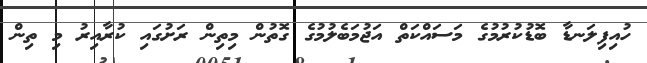
ހުއިފިލަނޑާ ބޮޑުކުރުމުގެ މަސައްކަތް އަޖުމަބެލުމުގެ ގޮތުން މިތިން ރަށުގައި ކުރާއިރު މި ތިން